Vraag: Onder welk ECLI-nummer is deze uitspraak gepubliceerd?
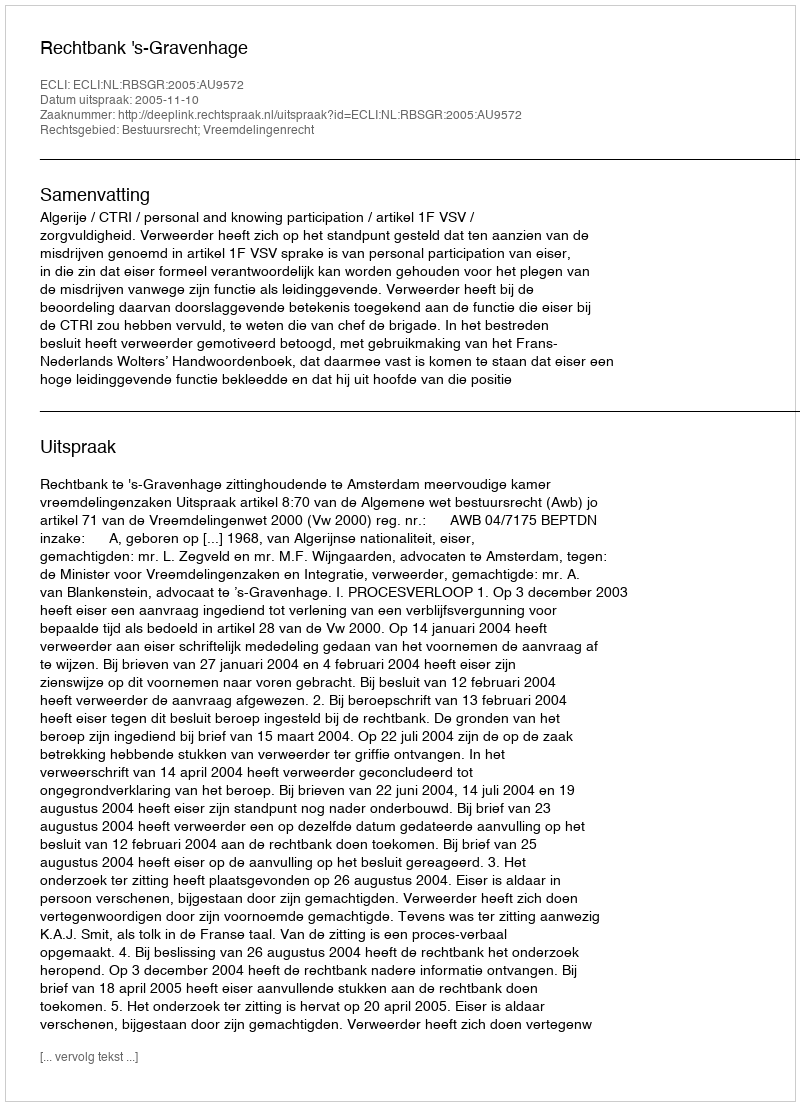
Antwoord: ECLI:NL:RBSGR:2005:AU9572